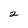
Character: 2